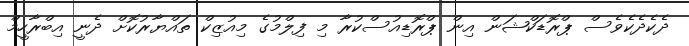
ދެކެދެކެވެސް ޕްރޮޑަކްޝަން އިން ޕްރޮޑިއުސްކުރާ މި ފިލްމުގެ މިއުޒިކް ތައްޔާރުކޮށް ދެނީ އިބްރާހީމް